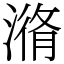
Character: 潃